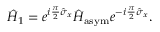
\hat { H } _ { 1 } = e ^ { i \frac { \pi } { 2 } \hat { \sigma } _ { x } } \hat { H } _ { \mathrm { a s y m } } e ^ { - i \frac { \pi } { 2 } \hat { \sigma } _ { x } } .